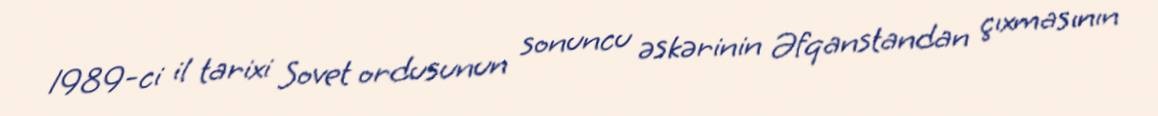
1989-ci il tarixi Sovet ordusunun sonuncu əskərinin Əfqanstandan çıxmasının